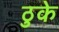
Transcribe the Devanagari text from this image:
ठुके